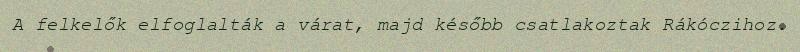
A felkelők elfoglalták a várat, majd később csatlakoztak Rákóczihoz.